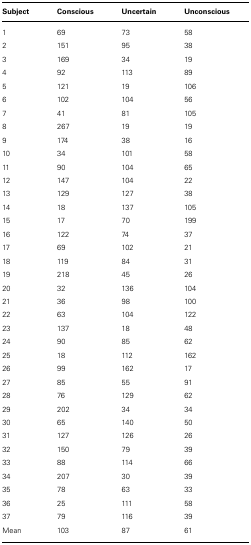
<table><thead><tr><td><b>Subject</b></td><td><b>Conscious</b></td><td><b>Uncertain</b></td><td><b>Unconscious</b></td></tr></thead><tbody><tr><td>1</td><td>69</td><td>73</td><td>58</td></tr><tr><td>2</td><td>151</td><td>95</td><td>38</td></tr><tr><td>3</td><td>169</td><td>34</td><td>19</td></tr><tr><td>4</td><td>92</td><td>113</td><td>89</td></tr><tr><td>5</td><td>121</td><td>19</td><td>106</td></tr><tr><td>6</td><td>102</td><td>104</td><td>56</td></tr><tr><td>7</td><td>41</td><td>81</td><td>105</td></tr><tr><td>8</td><td>267</td><td>19</td><td>19</td></tr><tr><td>9</td><td>174</td><td>38</td><td>16</td></tr><tr><td>10</td><td>34</td><td>101</td><td>58</td></tr><tr><td>11</td><td>90</td><td>104</td><td>65</td></tr><tr><td>12</td><td>147</td><td>104</td><td>22</td></tr><tr><td>13</td><td>129</td><td>127</td><td>38</td></tr><tr><td>14</td><td>18</td><td>137</td><td>105</td></tr><tr><td>15</td><td>17</td><td>70</td><td>199</td></tr><tr><td>16</td><td>122</td><td>74</td><td>37</td></tr><tr><td>17</td><td>69</td><td>102</td><td>21</td></tr><tr><td>18</td><td>119</td><td>84</td><td>31</td></tr><tr><td>19</td><td>218</td><td>45</td><td>26</td></tr><tr><td>20</td><td>32</td><td>136</td><td>104</td></tr><tr><td>21</td><td>36</td><td>98</td><td>100</td></tr><tr><td>22</td><td>63</td><td>104</td><td>122</td></tr><tr><td>23</td><td>137</td><td>18</td><td>48</td></tr><tr><td>24</td><td>90</td><td>85</td><td>62</td></tr><tr><td>25</td><td>18</td><td>112</td><td>162</td></tr><tr><td>26</td><td>99</td><td>162</td><td>17</td></tr><tr><td>27</td><td>85</td><td>55</td><td>91</td></tr><tr><td>28</td><td>76</td><td>129</td><td>62</td></tr><tr><td>29</td><td>202</td><td>34</td><td>34</td></tr><tr><td>30</td><td>65</td><td>140</td><td>50</td></tr><tr><td>31</td><td>127</td><td>126</td><td>26</td></tr><tr><td>32</td><td>150</td><td>79</td><td>39</td></tr><tr><td>33</td><td>88</td><td>114</td><td>66</td></tr><tr><td>34</td><td>207</td><td>30</td><td>39</td></tr><tr><td>35</td><td>78</td><td>63</td><td>33</td></tr><tr><td>36</td><td>25</td><td>111</td><td>58</td></tr><tr><td>37</td><td>79</td><td>116</td><td>39</td></tr><tr><td>Mean</td><td>103</td><td>87</td><td>61</td></tr></tbody></table>